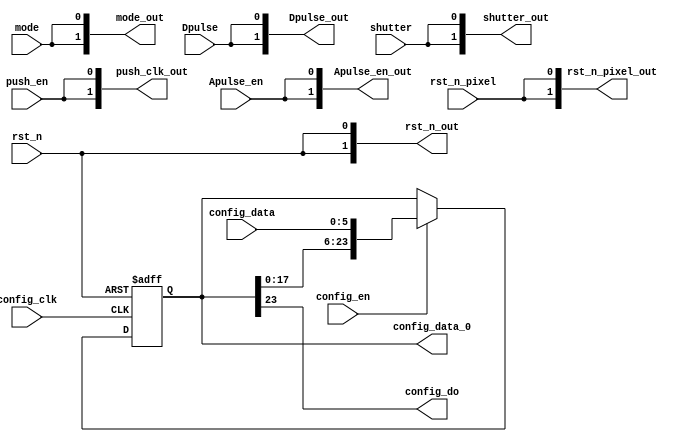
//
//config_do
//clk_out
module pixel_config(
		//clk_40MHz					,
		rst_n						,
		Dpulse						,
		Apulse_en					,
		shutter						,//
		mode						,///
		rst_n_pixel					,
		config_data					,//
		config_clk					,//spi_clk
		config_en					,//001
		push_en						,//
		
		config_do					,//sdo
		push_clk_out				,//32mask_pulse_DAC_config
		config_data_0				,//maskapulsedpulsedac0
		mode_out					,
		rst_n_pixel_out				,
		shutter_out                 ,
		Dpulse_out					,
		Apulse_en_out				,
		rst_n_out					//
	);

	//input clk_40MHz;
	input rst_n;
	input Dpulse;
	//input smode;
	input shutter;
	input mode;
	input rst_n_pixel;
	input [5:0] config_data;//6bit
	input config_clk;
	input config_en;
	input push_en;
	input Apulse_en;
	
	output config_do;
	output [1:0] rst_n_pixel_out;
	output [1:0] push_clk_out;
	output [23:0] config_data_0;
	output [1:0] shutter_out;
	output [1:0] mode_out;
	output [1:0] rst_n_out;
	output [1:0] Dpulse_out;
	output [1:0] Apulse_en_out;
	
	wire config_do;
	wire [1:0] push_clk_out;
	reg [23:0] config_data_0;
	wire [1:0] rst_n_out;
	wire [1:0] Dpulse_out;
	wire [1:0] Apulse_en_out;
	assign Apulse_en_out={2{Apulse_en}};
	assign Dpulse_out={2{Dpulse}};
	
	assign rst_n_pixel_out={2{rst_n_pixel}};
	//assign clk_out = {clk_40MHz & mask_pulse_en_temp};//
	assign rst_n_out = {2{rst_n}};
	//assign push_clk_out = {32{push_en & config_clk}};
	assign config_do = config_data_0[23];
	//assign smode_out = {16{smode}};
	assign shutter_out = {2{shutter}};
	assign mode_out = {2{mode}};
	assign push_clk_out = {2{push_en}};
		
	always @(negedge config_clk or negedge rst_n)
		begin
			if (!rst_n)
				begin
					config_data_0 <= 24'd0;
				end
			else
				begin
					//192bitspi6bit32
					//push_clk192bitpush_clk128

					//4
					if(config_en)
						begin
							{config_data_0} <= {config_data_0[17:0], config_data};
						end
					else
						begin
							config_data_0 <= config_data_0;
						end
				end
		end
	
endmodule